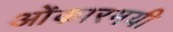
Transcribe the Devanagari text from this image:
ओंकारमयी